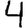
Digit: 4